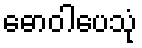
ဓောဝါပေသုံ